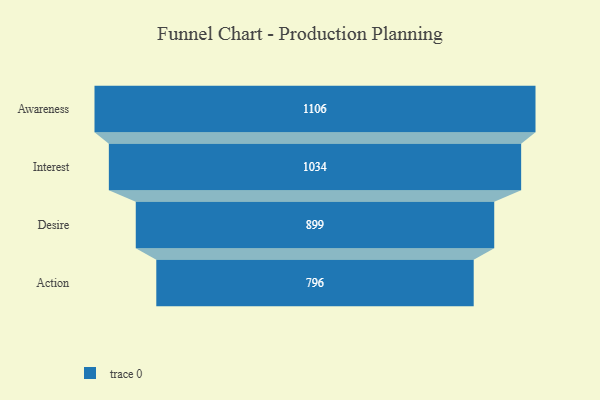
{"axis": {"x": "Stage", "y": "Value"}, "legend": [""], "data": [{"x": "Awareness", "y": 1106.0, "type": ""}, {"x": "Interest", "y": 1034.0, "type": ""}, {"x": "Desire", "y": 899.0, "type": ""}, {"x": "Action", "y": 796.0, "type": ""}]}